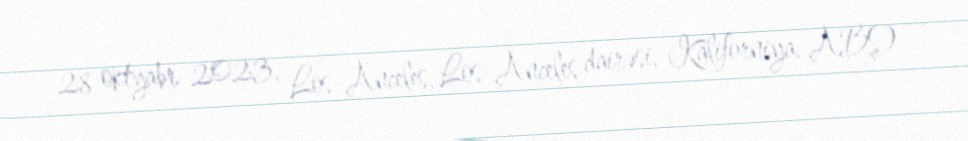
28 oktyabr 2023, Los-Anceles, Los-Anceles dairəsi, Kaliforniya, ABŞ) —